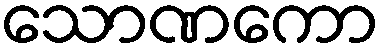
သောဏကော